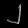
Digit: ၂